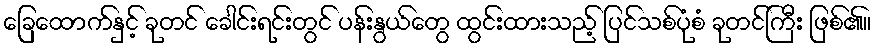
ခြေထောက်နှင့် ခုတင် ခေါင်းရင်းတွင် ပန်းနွယ်တွေ ထွင်းထားသည့် ပြင်သစ်ပုံစံ ခုတင်ကြီး ဖြစ်၏။